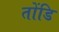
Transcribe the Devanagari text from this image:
तोंडि